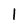
Character: 1